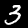
Label: 3